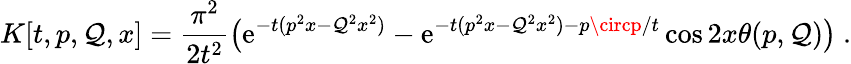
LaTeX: K[t,p,\mathcal{Q},x]=\frac{{\pi^{2}}}{{2t^{2}}}\big(\mathrm{{e}}^{-t(p^{2}x-\mathcal{Q}^{2}x^{2})}-\mathrm{{e}}^{-t(p^{2}x-\mathcal{Q}^{2}x^{2})-p\circp/t}\cos2x\theta(p,\mathcal{Q})\big)~.